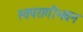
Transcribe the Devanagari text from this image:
स्वपरागीभवन